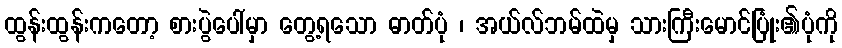
ထွန်းထွန်းကတော့ စားပွဲပေါ်မှာ တွေ့ရသော ဓာတ်ပုံ ၊ အယ်လ်ဘမ်ထဲမှ သားကြီးမောင်ပြုံး၏ပုံကို